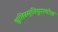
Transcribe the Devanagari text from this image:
श्रुतिस्मृतिपुराणोक्त